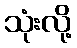
သုံးလို့